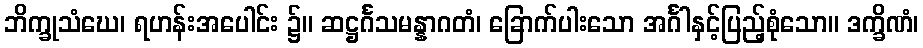
ဘိက္ခုသံဃေ၊ ရဟန်းအပေါင်း ၌။ ဆဋ္ဌင်္ဂသမန္နာဂတံ၊ ခြောက်ပါးသော အင်္ဂါနှင့်ပြည့်စုံသော။ ဒက္ခိဏံ၊